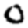
Digit: 0